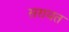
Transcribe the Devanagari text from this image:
सरायत